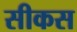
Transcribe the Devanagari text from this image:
सीकस